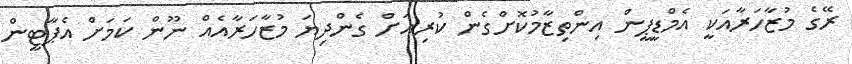
ރޭގެ މުޒާހަރާއަކީ އެމްޑީޕީން އިންތިޒާމުކޮށްގެން ކުރިއަށް ގެންދިޔަ މުޒާހަރާއެއް ނޫން ކަމަށް އެޕާޓީން